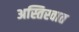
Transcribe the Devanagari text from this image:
अस्तिस्वात